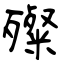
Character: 殩